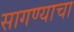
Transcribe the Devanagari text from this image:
सागण्याचा